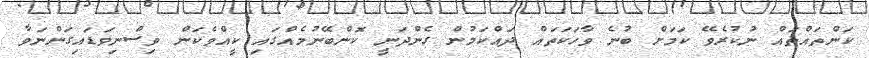
ކަންތައްތައް ނުކުރެވޭ ކަމަށް ބުނެ ވާހަކަތައް ދައްކަމުން ގެންދަނީ ކޮންބޭނުމެއްގައި ކީއްްވެކަން ވިސްނިވަޑައިގަންނަވާ